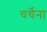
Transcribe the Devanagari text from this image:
चर्चेना